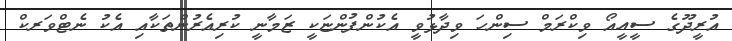
އުރީދޫގެ ސީއީއޯ ވިކްރަމް ސިންހަ ވިދާޅުވީ އެކުންފުންޏަކީ ޒަމާނީ ކުރިއެރުންތަކާއި އެކު ނެޓްވަރކް